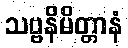
သဗ္ဗနိမိတ္တာနံ